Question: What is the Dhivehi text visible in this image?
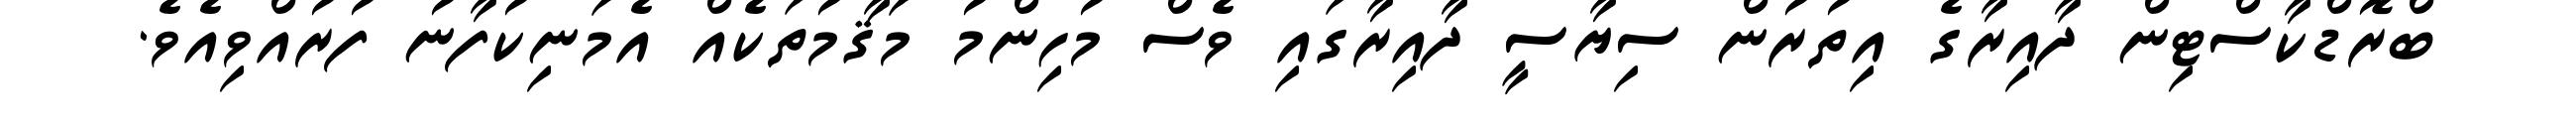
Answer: ބްރޮޑްކާސްޓިން ދާއިރާގެ އިތުރުން ސިޔާސީ ދާއިރާގައި ވެސް މުހިންމު މަޤާމުތަކެއް އެމަނިކުފާނު ފުރުއްވިއެވެ.